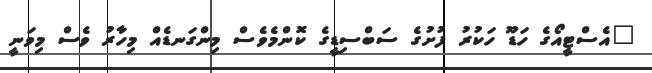
"އެސްޓީއޯގެ ހަޑޫ ހަކުރު ފުށުގެ ސަބްސިޑީގެ ކޮންމެވެސް މިންގަނޑެއް މިހާރު ވެސް މިވަނީ